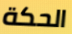
الحكة